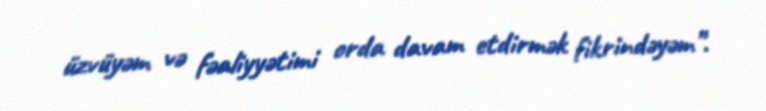
üzvüyəm və fəaliyyətimi orda davam etdirmək fikrindəyəm”.